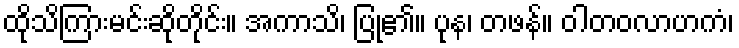
ထိုသိကြားမင်းဆိုတိုင်း။ အကာသိ၊ ပြု၏။ ပုန၊ တဖန်။ ဝါတဝလာဟကံ၊